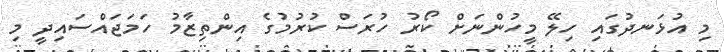
މި އުޅަނދުގައި ހިލޭ މީހުންނަށް ކޯރު ހުރަސް ކުރުމުގެ އިންތިޒާމު ހަމަޖައްސައިދީ މި